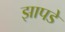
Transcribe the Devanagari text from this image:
झापडे